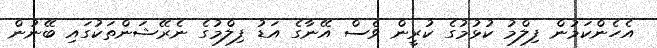
އެހެންކަމުން ފިލްމު ކުޅުމުގެ ކުރީން ވެސް އޭނާގެ އަޑު ފިލްމުގެ ނެރޭޝަންތަކުގައި ބޭނުން